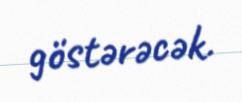
göstərəcək.